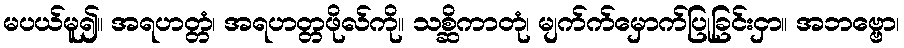
မပယ်မူ၍။ အရဟတ္တံ၊ အရဟတ္တဖိုလ်ကို။ သစ္ဆိကာတုံ၊ မျက်က်မှောက်ပြုခြင်းငှာ။ အဘဗ္ဗော၊